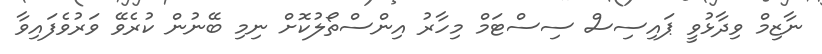
ނާޒިމް ވިދާޅުވީ ޕައިސިސް ސިސްޓަމް މިހާރު އިންސްތޯލުކޮށް ނިމި ބޭނުން ކުރެވޭ ވަރުވެފައިވާ